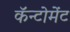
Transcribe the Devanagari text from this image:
कॅन्टोमेंट